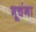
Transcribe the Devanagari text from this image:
भूचंगा